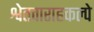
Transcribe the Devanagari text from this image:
श्वेतवाराहकल्पे